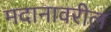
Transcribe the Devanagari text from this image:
मदानावरील